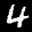
Label: 4